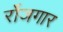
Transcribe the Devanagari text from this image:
र्रोजगार